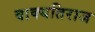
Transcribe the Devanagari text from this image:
वाक्यतिराज